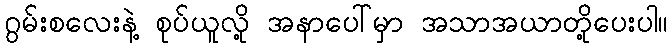
ဂွမ်းစလေးနဲ့ စုပ်ယူလို့ အနာပေါ်မှာ အသာအယာတို့ပေးပါ။